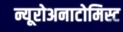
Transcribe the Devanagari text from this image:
न्यूरोअनाटोमिस्ट